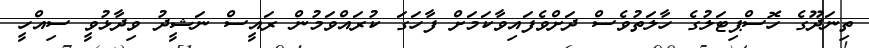
ތިނަދޫގެ ހޮސްޕިޓަލުގެ ހާލަތުވެސް ދަށްވެފައިވާކަމަށް ފާހަގަ ކުރައްވަމުން ރައީސް ނަޝީދު ވިދާޅުވީ ސިއްހީ